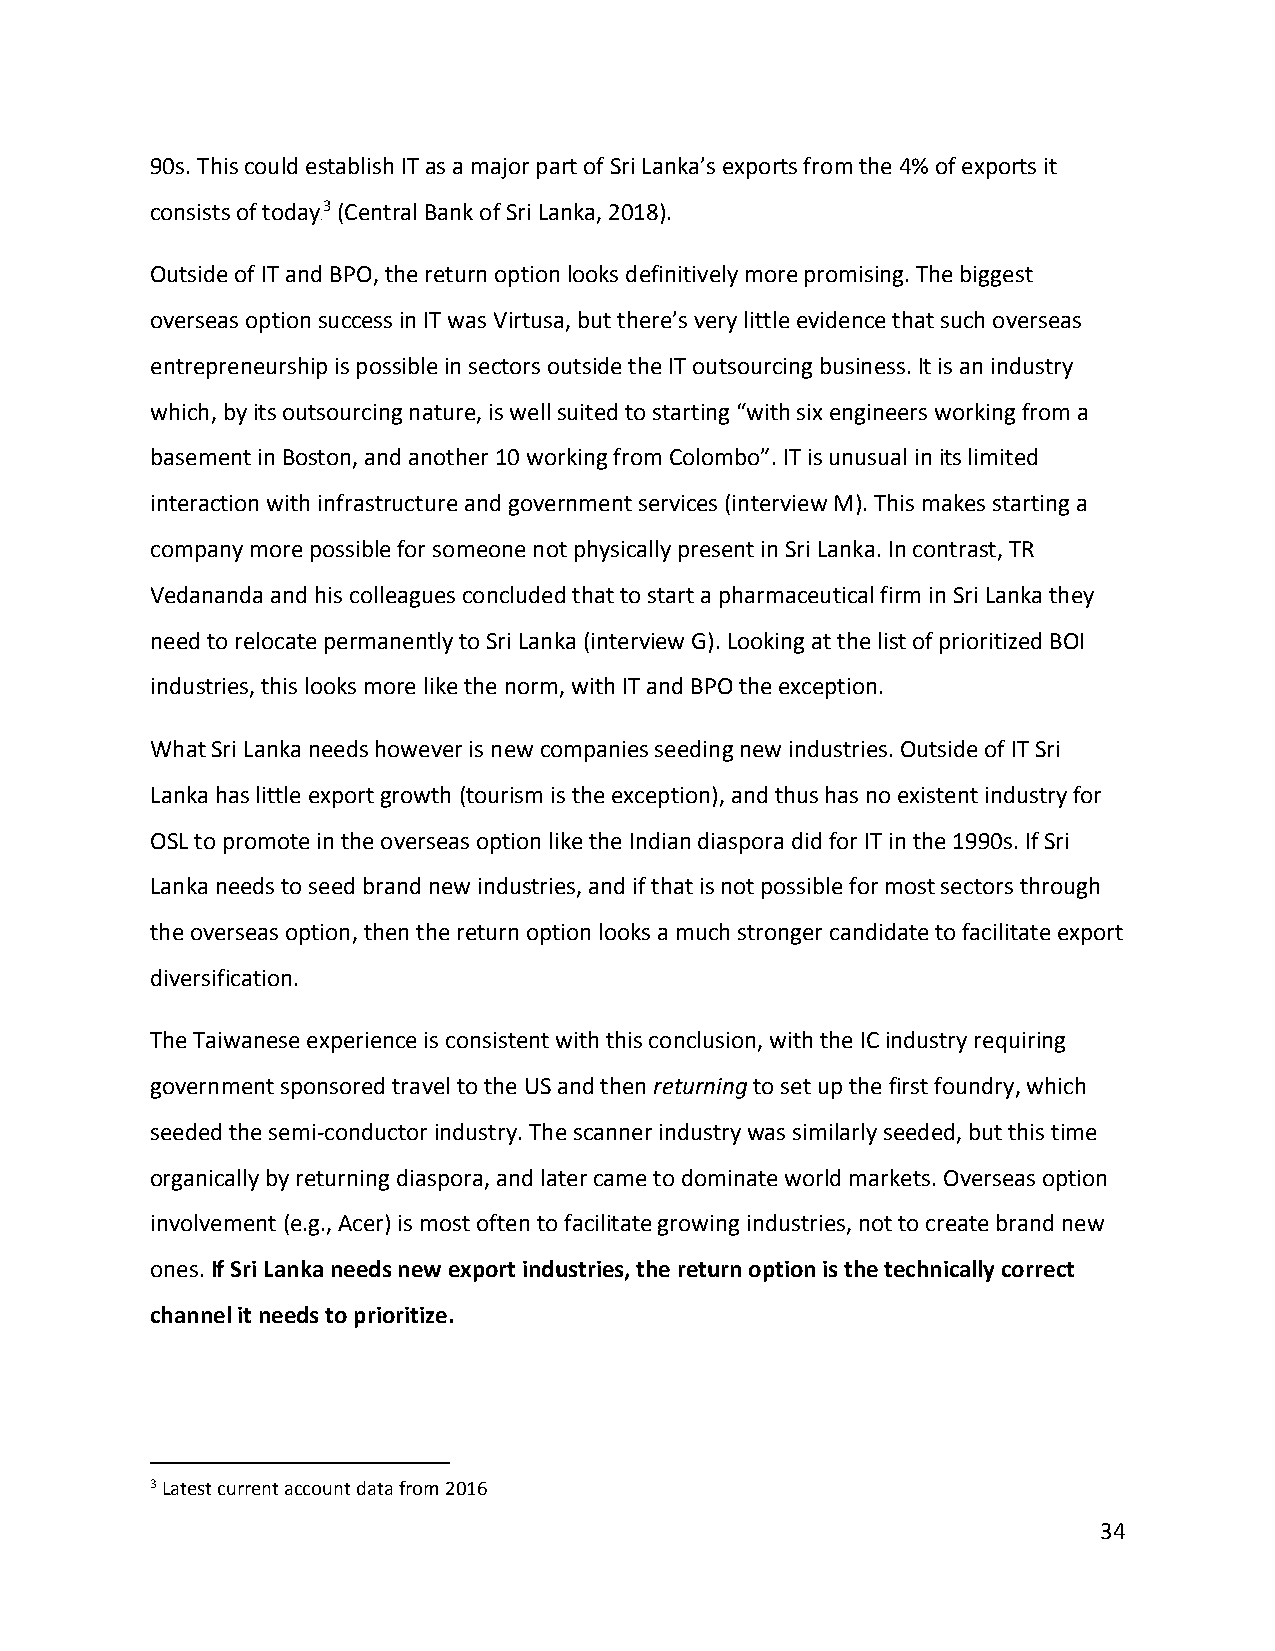
90s. This could establish IT as a major part of Sri Lanka’s exports from the 4% of exports it
 consists of today3 (Central Bank of Sri Lanka, 2018).
 2F
 Outside of IT and BPO, the return option looks definitively more promising. The biggest
 overseas option success in IT was Virtusa, but there’s very little evidence that such overseas
 entrepreneurship is possible in sectors outside the IT outsourcing business. It is an industry
 which, by its outsourcing nature, is well suited to starting “with six engineers working from a
 basement in Boston, and another 10 working from Colombo”. IT is unusual in its limited
 interaction with infrastructure and government services (interview M). This makes starting a
 company more possible for someone not physically present in Sri Lanka. In contrast, TR
 Vedananda and his colleagues concluded that to start a pharmaceutical firm in Sri Lanka they
 need to relocate permanently to Sri Lanka (interview G). Looking at the list of prioritized BOI
 industries, this looks more like the norm, with IT and BPO the exception.
 What Sri Lanka needs however is new companies seeding new industries. Outside of IT Sri
 Lanka has little export growth (tourism is the exception), and thus has no existent industry for
 OSL to promote in the overseas option like the Indian diaspora did for IT in the 1990s. If Sri
 Lanka needs to seed brand new industries, and if that is not possible for most sectors through
 the overseas option, then the return option looks a much stronger candidate to facilitate export
 diversification.
 The Taiwanese experience is consistent with this conclusion, with the IC industry requiring
 government sponsored travel to the US and then returning to set up the first foundry, which
 seeded the semi-conductor industry. The scanner industry was similarly seeded, but this time
 organically by returning diaspora, and later came to dominate world markets. Overseas option
 involvement (e.g., Acer) is most often to facilitate growing industries, not to create brand new
 ones. If Sri Lanka needs new export industries, the return option is the technically correct
 channel it needs to prioritize.
 3 Latest current account data from 2016
 34